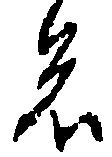
者